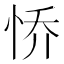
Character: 㤭